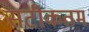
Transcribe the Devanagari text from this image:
सटीकतम